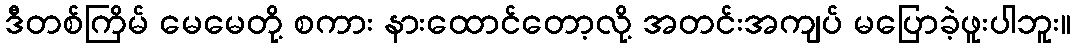
ဒီတစ်ကြိမ် မေမေတို့ စကား နားထောင်တော့လို့ အတင်းအကျပ် မပြောခဲ့ဖူးပါဘူး။